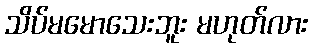
သိပ်မမောသေးဘူး မဟုတ်လား